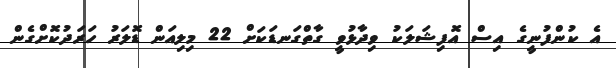
އެ ކުންފުނީގެ އިސް އޮފިޝަލަކު ވިދާޅުވީ ގާތްގަނޑަކަށް 22 މިލިއަން ޑޮލަރު ހަރަދުކޮށްގެން